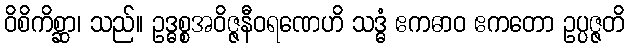
ဝိစိကိစ္ဆာ၊ သည်။ ဥဒ္ဓစ္စအဝိဇ္ဇနီဝရဏေဟိ သဒ္ဓံ ဧကဓာဝ ဧကတော ဥပ္ပဇ္ဇတိ